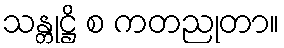
သန္တုဋ္ဌိ စ ကတညုတာ။